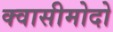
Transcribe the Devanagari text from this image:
क्वासीमोदो